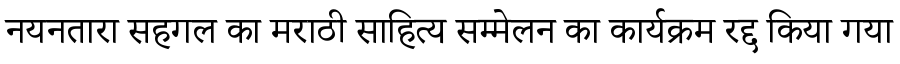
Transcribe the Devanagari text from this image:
नयनतारा सहगल का मराठी साहित्य सम्मेलन का कार्यक्रम रद्द किया गया